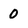
Character: 0